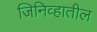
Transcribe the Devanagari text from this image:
जिनिव्हातील